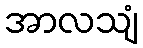
အာလသျံ